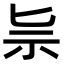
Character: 𥘈